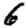
Digit: 6